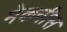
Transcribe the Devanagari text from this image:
मेकनीस